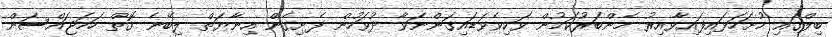
ބިލްގައި ހުށަހަޅައިފައިވާއިރު މެންބަރުކަމުން ވަކިވެވަޑައިގަންނަވާ ދުވަހުން ފެށިގެން އިނާޔަތް ލިބޭނެ ގޮތް ހަަމަޖައްސަން